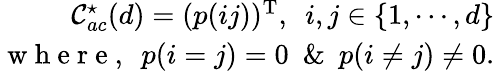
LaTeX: \begin{array}{r}{\mathcal{C}_{ac}^{\star}(d)=(p(ij))^{\mathrm{T}},~~i,j\in\{ 1,\cdots,d\} }\\ {\mathrm{~w~h~e~r~e~},~~p(i=j)=0~~\& ~~p(i\neq j)\neq 0.}\end{array}